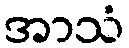
အာသံ